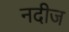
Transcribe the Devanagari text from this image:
नदीज